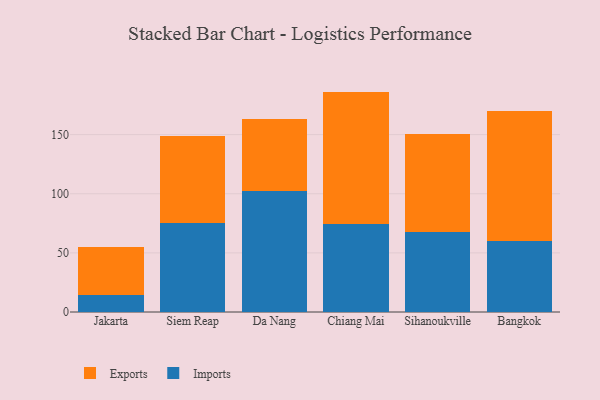
{"axis": {"x": "City", "y": "Waste Production (Tons)"}, "legend": ["Exports", "Imports"], "data": [{"x": "Jakarta", "y": 14.6, "type": "Imports"}, {"x": "Jakarta", "y": 40.5, "type": "Exports"}, {"x": "Siem Reap", "y": 75.3, "type": "Imports"}, {"x": "Siem Reap", "y": 73.7, "type": "Exports"}, {"x": "Da Nang", "y": 102.2, "type": "Imports"}, {"x": "Da Nang", "y": 60.9, "type": "Exports"}, {"x": "Chiang Mai", "y": 74.4, "type": "Imports"}, {"x": "Chiang Mai", "y": 112.0, "type": "Exports"}, {"x": "Sihanoukville", "y": 67.3, "type": "Imports"}, {"x": "Sihanoukville", "y": 83.4, "type": "Exports"}, {"x": "Bangkok", "y": 60.1, "type": "Imports"}, {"x": "Bangkok", "y": 109.5, "type": "Exports"}]}